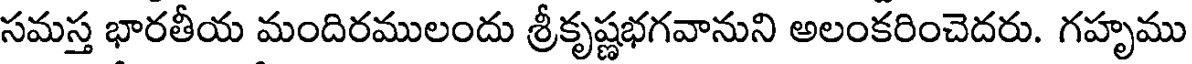
సమస్త భారతీయ మందిరములందు శ్రీకృష్ణభగవానుని అలంకరించెదరు. గహృము